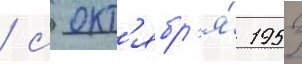
/ с окт'ябр'я́ 1953